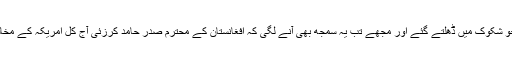
یہی وہ سوالات تھے جو شکوک میں ڈھلتے گئے اور مجھے تب یہ سمجھ بھی آنے لگی کہ افغانستان کے محترم صدر حامد کرزئی آج کل امریکہ کے مخالف کیوں ہو رہے ہیں؟